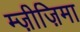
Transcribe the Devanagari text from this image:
म्ज़ीज़िमा